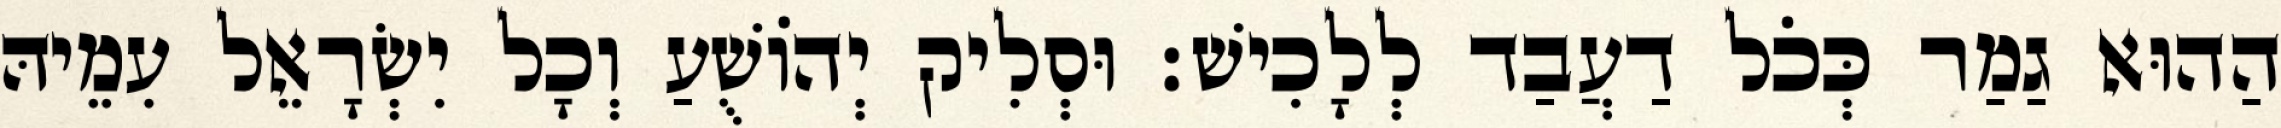
הַהוּא גַמַר כְּכֹל דַעֲבַד לְלָכִישׁ׃ וּסְלִיק יְהוֹשֻׁעַ וְכָל יִשְׂרָאֵל עִמֵיהּ